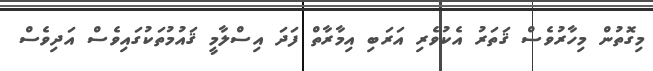
މިގޮތުން މިހާރުވެސް ޤަތަރު އެކުވެރި އަރަބި އިމާރާތް ފަދަ އިސްލާމީ ޤައުމުތަކުގައިވެސް އަދިވެސް